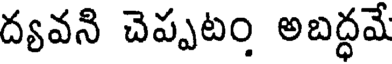
ద్యవని చెప్పటం అబద్ధమే